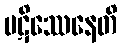
ပဋိဿေနေတိ